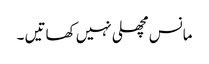
مانس مچھلی نہیں کھاتیں ۔